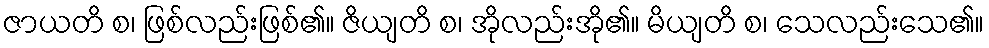
ဇာယတိ စ၊ ဖြစ်လည်းဖြစ်၏။ ဇိယျတိ စ၊ အိုလည်းအို၏။ မိယျတိ စ၊ သေလည်းသေ၏။